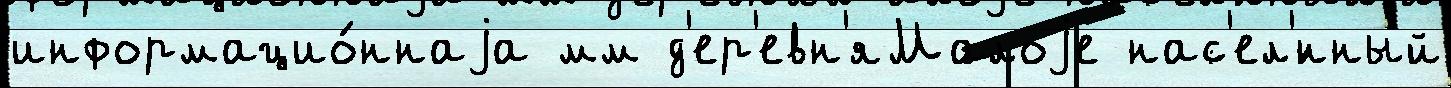
информацио́ннаjа мм д'ер'евн'яМалоjе нас'ел'́нный